Problem: 7 × 5 = ?
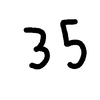
Handwritten answer: 35